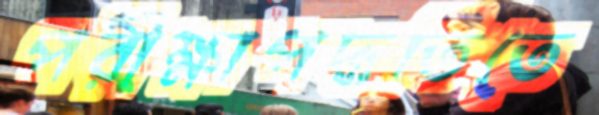
পরীক্ষাপদ্ধতিতে